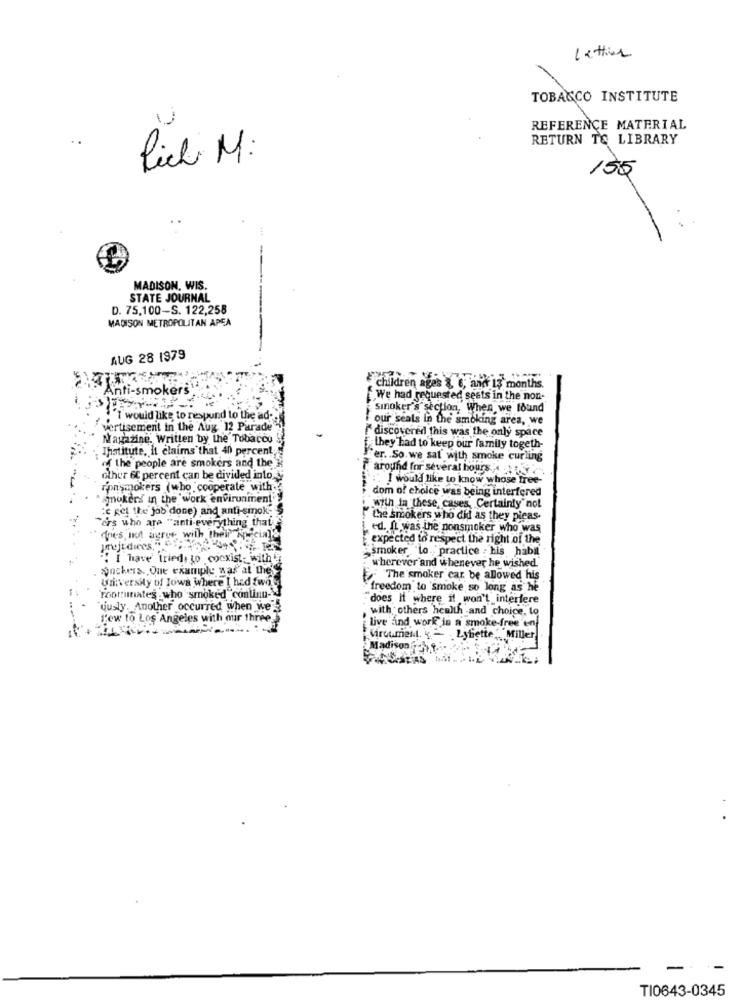
Lettier
TOBACCO INSTITUTE
REFERENCE MATERIAL
RETURN TO LIBRARY
Rich M.
155
MADISON, WIS.
STATE JOURNAL
D. 75,100-S. 122,258
MADISON METROPOLITAN APEA
AUG 28 1979
Anti-smokers
children ages 3, 6, and 13 months.
We had requested seats in the non-
Sinoker's section, When we found
I would like to respond to the ad-
our seals in the smoking area, we
vertisement in the Aug 12 Parade"
discovered this was the only space
Magazine, Written by the Tobacco
Institute, it claims that 40 percent;
"they had to keep our family togeth-
of the people are smokers and the
Fer. So. we sat with smoke curling
around for several hours. 4 .11.34
other 6 percent can be divided into
"I would like to know whose free-
ronsmokers (who cooperate with
dom of choice was being interfered
"smokers in the work environment
:c gel the job done) and anti-sinok-
with In these cases, Certainly" not
"ers who are "anti-everything that
Che smokers who did as they picas-
ed. It was the nonsmoker who was
dnes must agree with their Ape
expected to respect the right of the
smoker "to practice : his habil
I have' tried, to coexist- with
. pochers. One example was at the's
wherever and whenever he wished.
University of Iowa Where I had two
The smoker car. be allowed his
freedom to smoke so long as he
roomunates who smoked continu-
does it where it won't interfere
uusly. Another occurred when we
, with others health and choice, to
few to Los Angeles with mir three
live and work in a smoke-free en
Circumest. k - . Lytiette """Miller
Madison48 .-
-
TI0643-0345